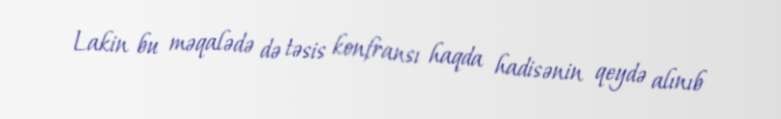
Lakin bu məqalədə də təsis konfransı haqda hadisənin qeydə alınıb